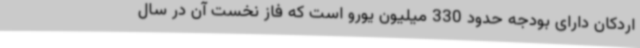
اردکان دارای بودجه حدود 330 میلیون یورو است که فاز نخست آن در سال